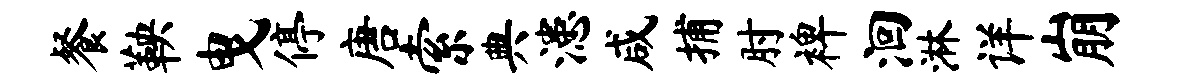
餐鞅曳停唐索典漶咸捕肘裨洄淋详崩